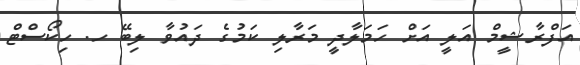
އަފްރާޝީމް އަލީ އަށް ހަމަލާދީ މަރާލި ކަމުގެ ދައުވާ ލިބޭ ހ. ހިކޯސްޓް